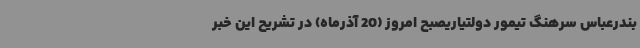
بندرعباس سرهنگ تیمور دولتیاریصبح امروز (20 آذرماه) در تشریح این خبر